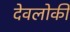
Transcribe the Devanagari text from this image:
देवलोकी